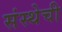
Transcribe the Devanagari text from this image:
संस्‍थेची